Annual report of the Punjab Veterinary College and of the Civil Veterinary Department, Punjab - 1920-1925
Year: 1920
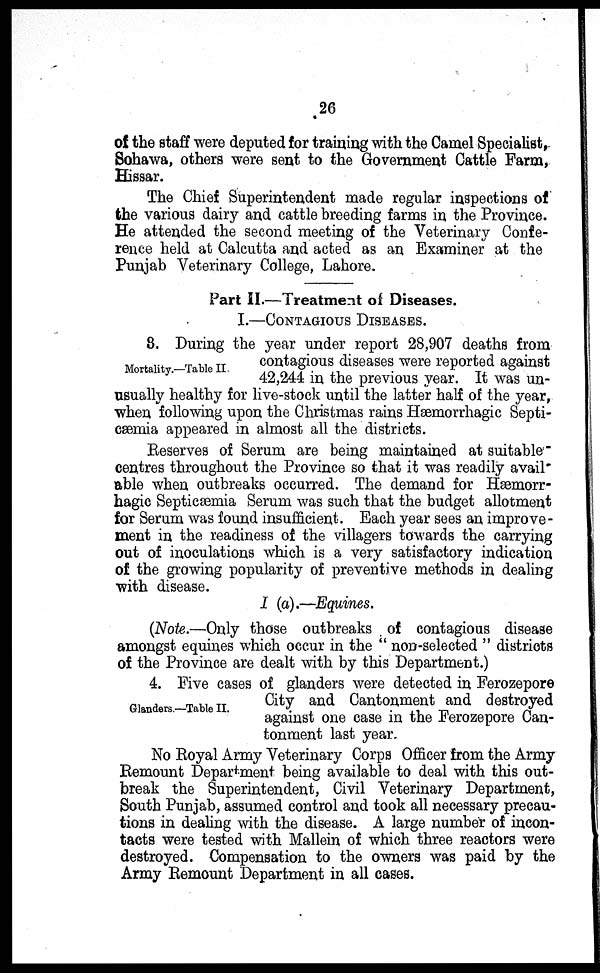
26
of the staff were deputed for training with the Camel Specialist,
Sohawa, others were sent to the Government Cattle Farm,
Hissar.
The Chief Superintendent made regular inspections of
the various dairy and cattle breeding farms in the Province.
He attended the second meeting of the Veterinary Confe-
rence held at Calcutta and acted as an Examiner at the
Punjab Veterinary College, Lahore.
Part II.—Treatment of Diseases.
I.—CONTAGIOUS DISEASES.
Mortality.—Table II.
8. During the year under report 28,907 deaths from
contagious diseases were reported against
42,244 in the previous year. It was un-
usually healthy for live-stock until the latter half of the year,
when following upon the Christmas rains Hæmorrhagic Septi-
cæmia appeared in almost all the districts.
Reserves of Serum are being maintained at suitable"
centres throughout the Province so that it was readily avail-
able when outbreaks occurred. The demand for Hæmorr-
hagic Septicæmia Serum was such that the budget allotment
for Serum was found insufficient. Each year sees an improve-
ment in the readiness of the villagers towards the carrying
out of inoculations which is a very satisfactory indication
of the growing popularity of preventive methods in dealing
with disease.
I (a).—Equines.
(Note.—Only those outbreaks of contagious disease
amongst equines which occur in the " non-selected " districts
of the Province are dealt with by this Department.)
Glanders.—Table II.
4. Five cases of glanders were detected in Ferozepore
City and Cantonment and destroyed
against one case in the Ferozepore Can-
tonment last year.
No Royal Army Veterinary Corps Officer from the Army
Remount Department being available to deal with this out-
break the Superintendent, Civil Veterinary Department,
South Punjab, assumed control and took all necessary precau-
tions in dealing with the disease. A large number of incon-
tacts were tested with Mallein of which three reactors were
destroyed. Compensation to the owners was paid by the
Army Remount Department in all cases.